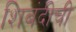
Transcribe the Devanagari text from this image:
शिबंदीची